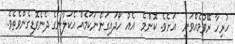
ހުރިހާ ރޭވުމެއްވަނީ  އަށެވެ. ކޮންމެ  އެއް ހޯދައިގަންނަކަމެއް އެކަލާނގެ ދެނެވޮޑިގެންވެތެވެ.